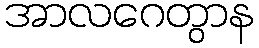
အာလဂေတွာန